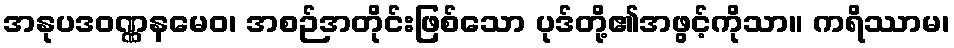
အနုပဒဝဏ္ဏနမေဝ၊ အစဉ်အတိုင်းဖြစ်သော ပုဒ်တို့၏အဖွင့်ကိုသာ။ ကရိဿာမ၊